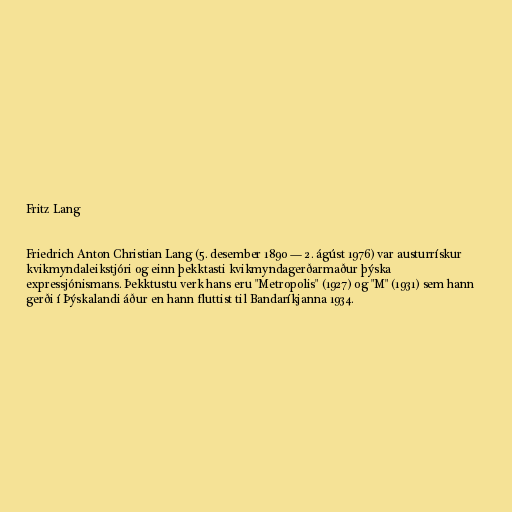
Fritz Lang

Friedrich Anton Christian Lang (5. desember 1890 — 2. ágúst 1976) var austurrískur
kvikmyndaleikstjóri og einn þekktasti kvikmyndagerðarmaður þýska
expressjónismans. Þekktustu verk hans eru "Metropolis" (1927) og "M" (1931) sem hann
gerði í Þýskalandi áður en hann fluttist til Bandaríkjanna 1934.